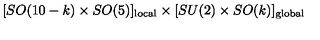
[ S O ( 1 0 - k ) \times S O ( 5 ) ] _ { \mathrm { l o c a l } } \times [ S U ( 2 ) \times S O ( k ) ] _ { \mathrm { g l o b a l } }